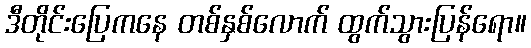
ဒီတိုင်းပြေကနေ တစ်နှစ်လောက် ထွက်သွားပြန်ရော။